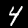
Digit: 4